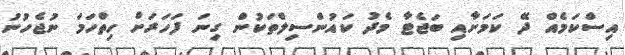
އިސްކަމެއް ދޭ ކަމަށާއި ބަޖެޓާ މެދު ކައުންސިލްތަކުން ގިނަ ފަހަރަށް ހިތްހަމަ ނުޖެހުނު